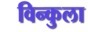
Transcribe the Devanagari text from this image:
विन्कुला